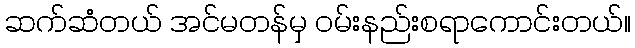
ဆက်ဆံတယ် အင်မတန်မှ ဝမ်းနည်းစရာကောင်းတယ်။